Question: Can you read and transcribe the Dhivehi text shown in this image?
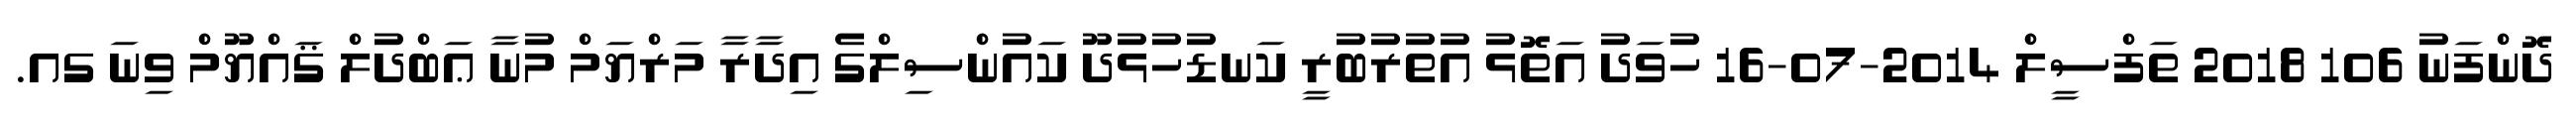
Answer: ދޮންފަނު 106 2018 ތަފްސީލް 2014-07-16 ހުވަދު އަތޮޅު އުތުރުބުރީ ކަނޑުހުޅުދޫ ކައުންސިލްގެ އިދާރާ މަރްޔަމް މުނާ ޢަބްދުލް ޤައްޔޫމް ވިނަ ގއ.